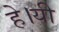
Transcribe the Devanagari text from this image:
हे।यी